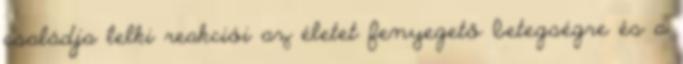
családja lelki reakciói az életet fenyegető betegségre és a